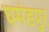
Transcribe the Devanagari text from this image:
घमंडपुर